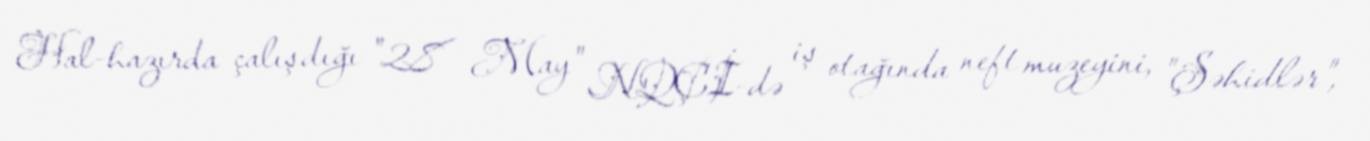
Hal-hazırda çalışdığı "28 May" NQÇİ-də iş otağında neft muzeyini, "Şəhidlər",